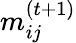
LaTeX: m_{ij}^{(t+1)}